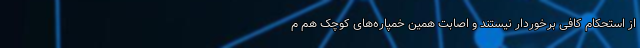
از استحکام کافی برخوردار نیستند و اصابت همین خمپاره‌های کوچک هم م